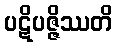
ပဋိပဇ္ဇိဿတိ